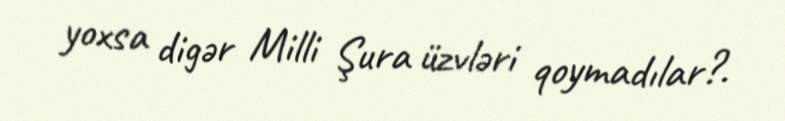
yoxsa digər Milli Şura üzvləri qoymadılar?.